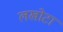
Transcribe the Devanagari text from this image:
लखोटा